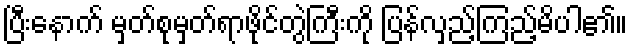
ပြီးနောက် မှတ်စုမှတ်ရာဖိုင်တွဲကြီးကို ပြန်လှည့်ကြည့်မိပါ၏။